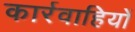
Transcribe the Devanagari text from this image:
कार्रवाहियों